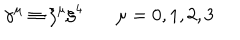
\gamma ^ { \mu } \equiv \xi ^ { \mu } \xi ^ { 4 } ~ \mu = 0 , 1 , 2 , 3